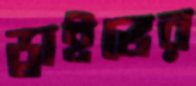
ড্রাইভের